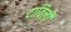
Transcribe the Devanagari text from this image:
दाविलीं